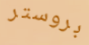
بروستر